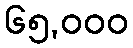
၆၅,၀၀၀